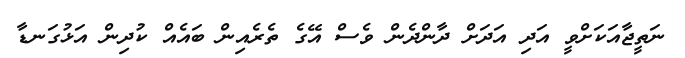
ނަތީޖާއަކަށްވީ އަދި އަދަށް ދާންދެން ވެސް އޭގެ ތެރެއިން ބައެއް ކުދިން އަޅުގަނޑާ